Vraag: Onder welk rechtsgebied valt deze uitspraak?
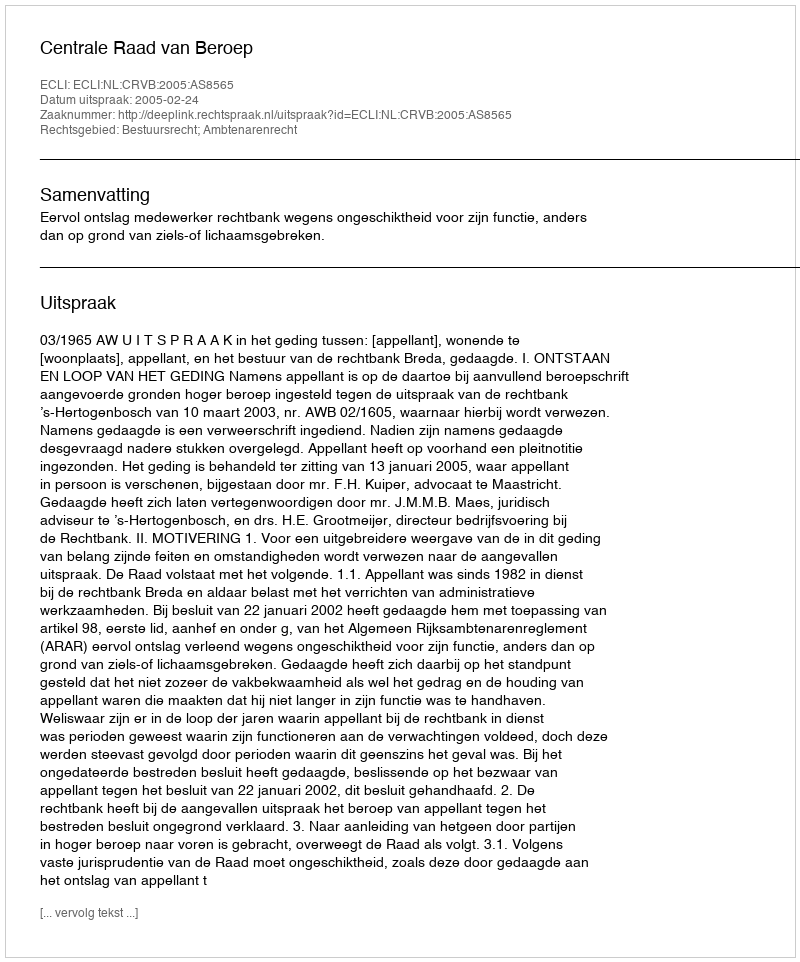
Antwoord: Bestuursrecht; Ambtenarenrecht